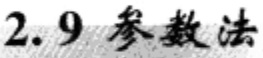
2.9 参数法